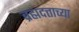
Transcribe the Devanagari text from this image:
ब्रह्मदत्ताच्या